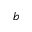
b